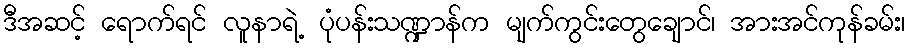
ဒီအဆင့် ရောက်ရင် လူနာရဲ့ ပုံပန်းသဏ္ဍာန်က မျက်ကွင်းတွေချောင်၊ အားအင်ကုန်ခမ်း၊